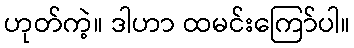
ဟုတ်ကဲ့။ ဒါဟာ ထမင်းကြော်ပါ။